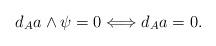
LaTeX: \begin{align*}d_A a \wedge \psi = 0 \Longleftrightarrow d_A a = 0.\end{align*}